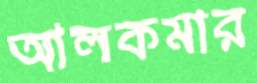
আলকমার